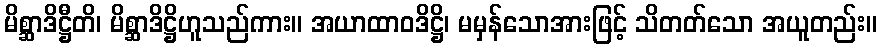
မိစ္ဆာဒိဋ္ဌီတိ၊ မိစ္ဆာဒိဋ္ဌိဟူသည်ကား။ အယာထာဝဒိဋ္ဌိ၊ မမှန်သောအားဖြင့် သိတတ်သော အယူတည်း။